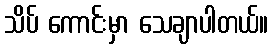
သိပ် ကောင်းမှာ သေချာပါတယ်။